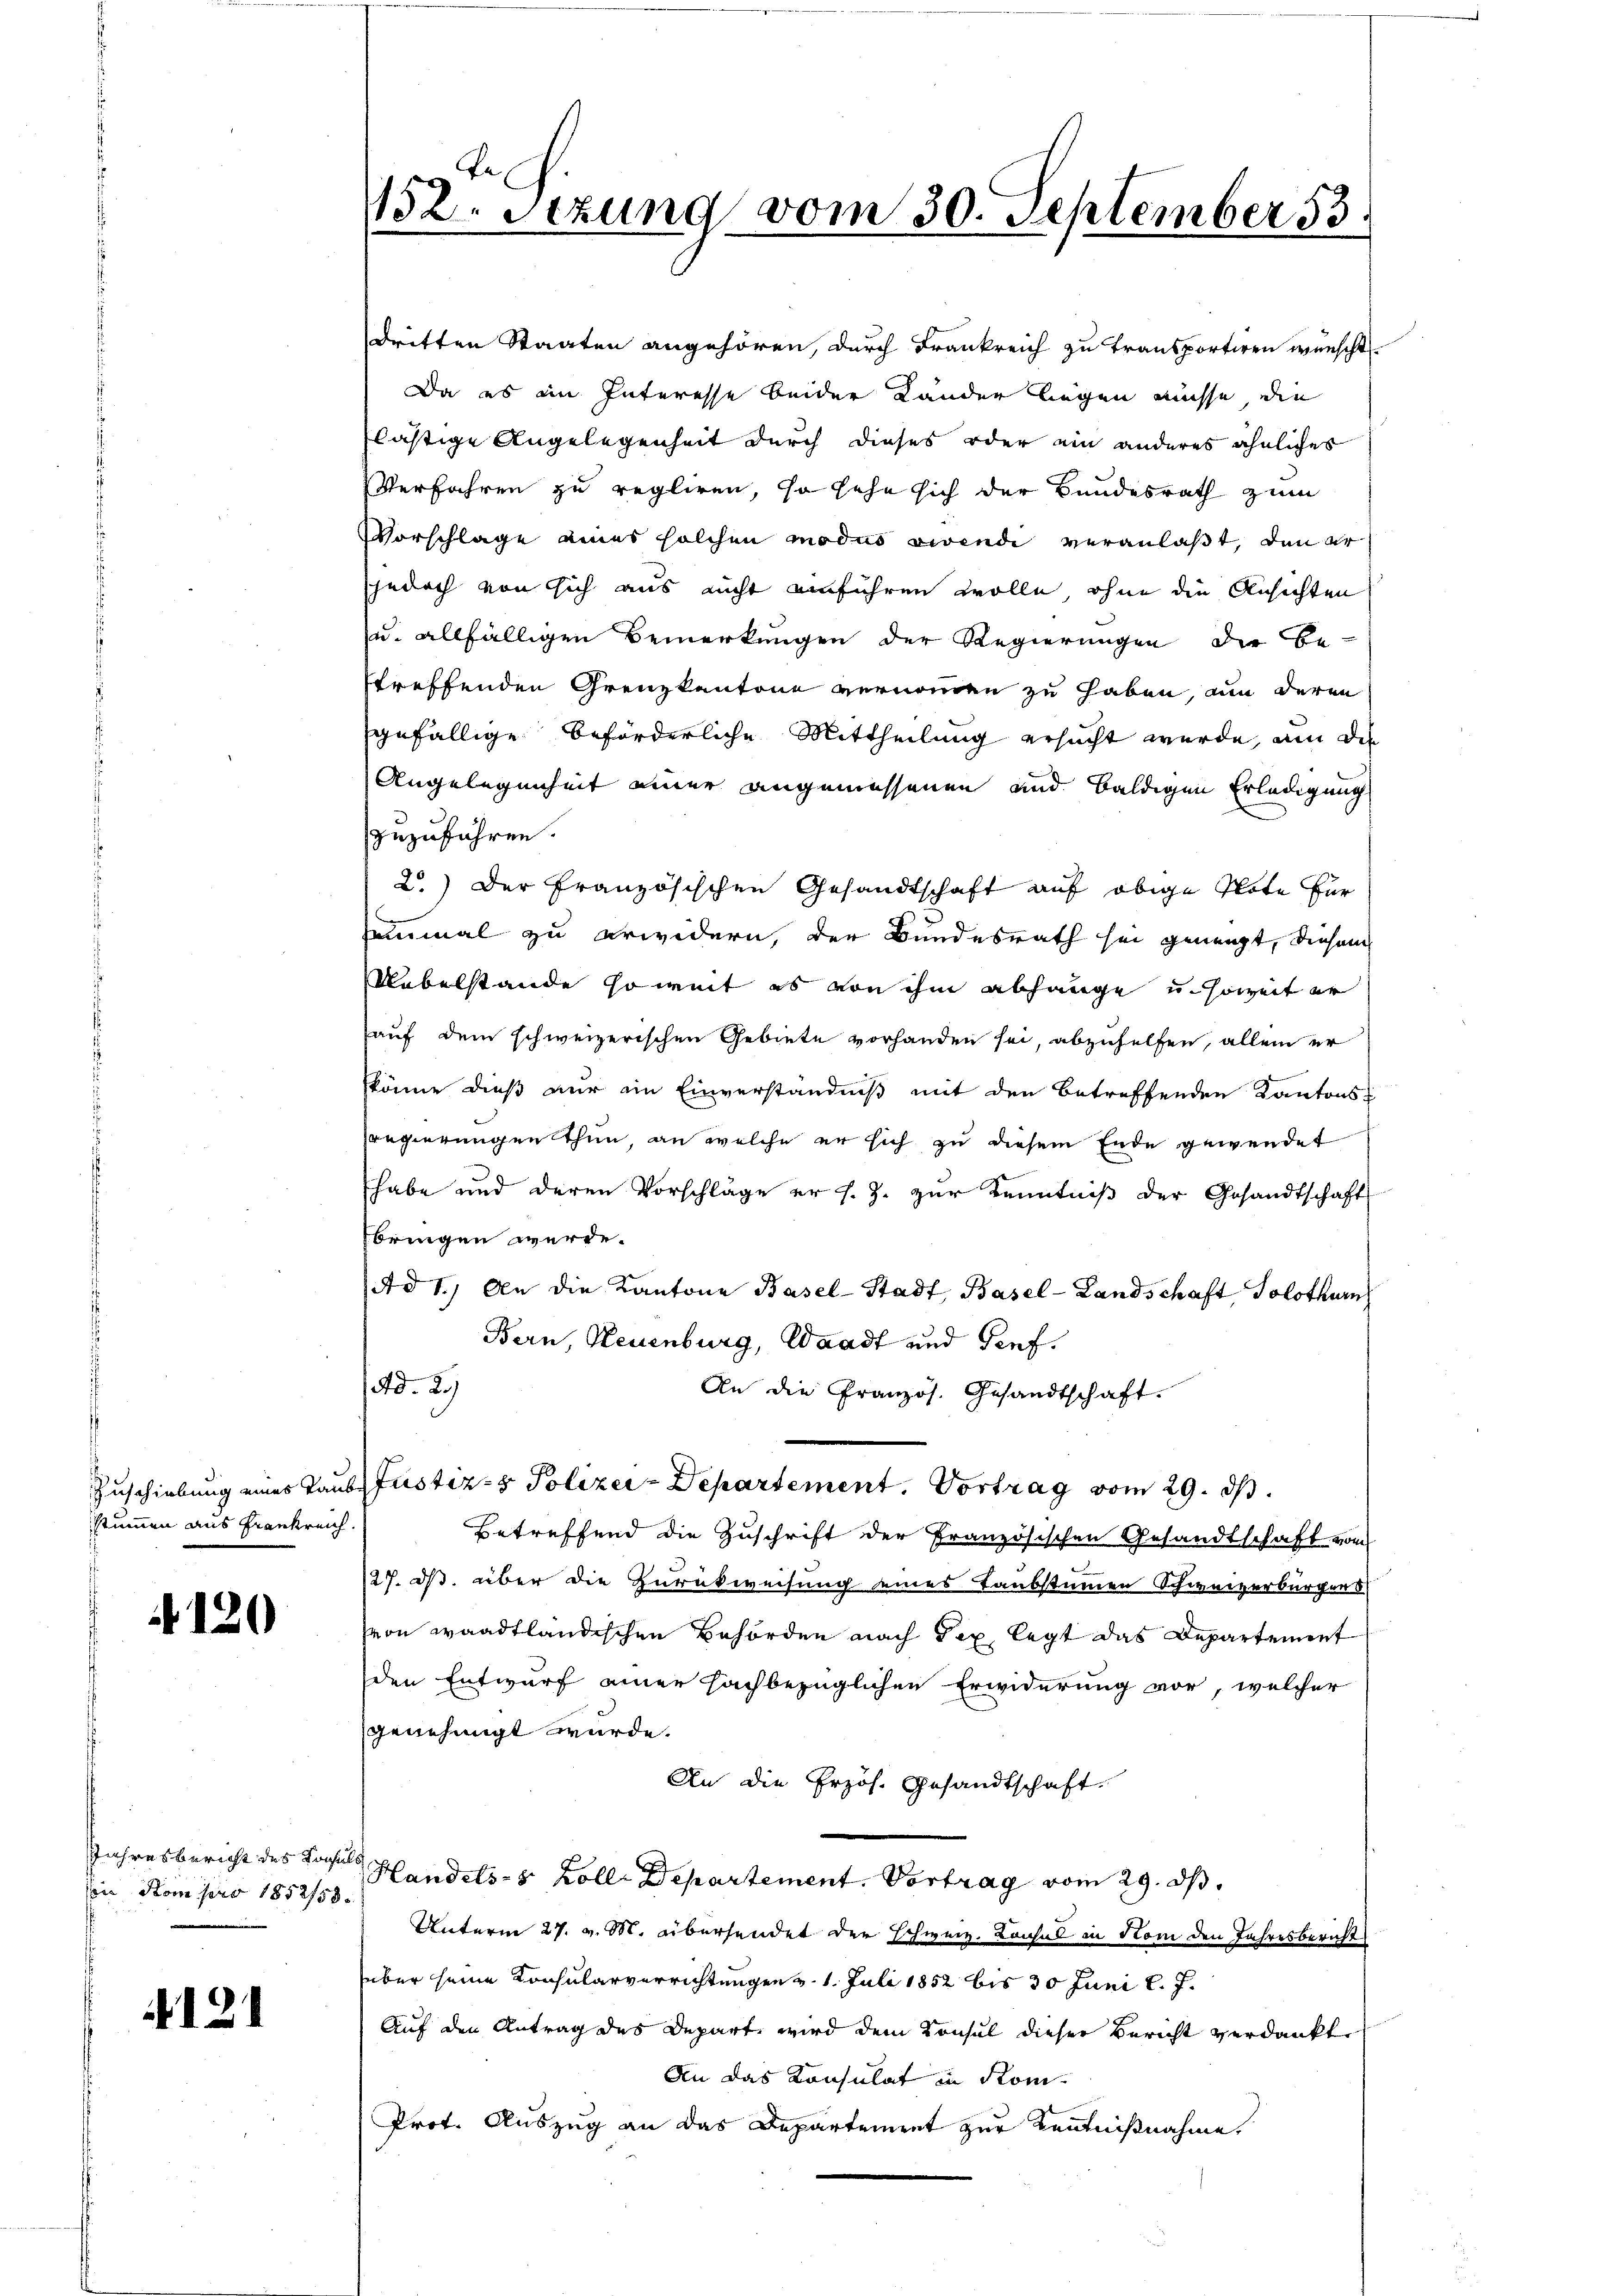
stummen aus Frankreich

120

den Kompro 1852/58.

. 121

152. Stzung vom 30. September 13.

dritten Staaten angehören, durch Frankreich zu transportiren wünscht
Da es im Interesse beider Länder liegen müsse, die
lästige Angelegenheit durch dieses oder ein anderes ähnliches
Verfahren zu regliren, so sehe sich der Bundesrath zum
Vorschlage eines solchen modus vivendi veranlaßt, den er
jedoch von sich aus nicht einführen wolle, ohne die Ansichten
u. allfälligen Bemerkungen der Regierungen die Betreffenden Grenzkantone vernommen zu haben, um deren
gefällige beförderliche Mittheilung ersucht werde, um die
Angelegenheit einer angemessenen und baldigen Erledigung
zuzuführen.
2.) Der französischen Gesandtschaft auf obige Note für
uhrmal zu erwidern, der Bundesrath sei geneigt, diesem
Uebelstande so weit es von ihm abhänge u. soweit er
auf dem schweizerischen Gebiete vorhanden sei, abzuhelfen, allein er
könne dieß nur ein Einverständniß mit den betreffenden Kantonsregierungen thun, an welche er sich zu diesem Ende gewendet
habe und deren Vorschläge er s. Z. zur Kenntniß der Gesandtschaft
bringen werde.
Ad 1.) An die Kantone Basel-Stadt, Basel-Landschaft Solothurn
Bern, Neuenburg, Waadt und Tiefad. 29
An die Französ. Gesandtschaft.
Zuschiebung eines Taubs Justiz- & Polizer-Departement. Vortrag vom 29. ds.
Betreffend die Zuschrift der Französischen Gesandtschaft vom
127. ds. über die Zurückweisung eines Taubstimmen Schweizerbürgers
von waadtländischen Behörden nach Tex legt das Departement
den Entwurf einer sachbezüglichen Erwiderung vor, welcher
genehmigt wurde.
An die Erzös. Gesandtschaft
Jahresbericht des Tochtes Handels- & Kolle Departement. Vortrag vom 29. ds.
Unterm 27. v. M. übersendet der Schweiz. Lausal in Rom den Jahresbericht
über seine Konsularverrichtungen v. 1. Juli 1852 bis 30 Juni l. J.
Auf den Antrag des Depart, wird dem Konsul dieser Bericht verdankt
An das Konsulat in Kom-
Prof. Auszug an das Departement zur Kenntnißnahme.